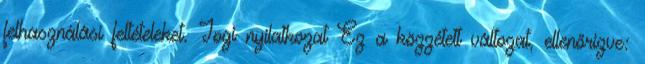
felhasználási feltételeket. Jogi nyilatkozat Ez a közzétett változat, ellenőrizve: